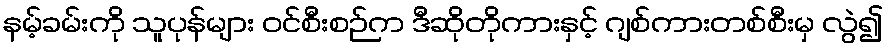
နမ့်ခမ်းကို သူပုန်များ ဝင်စီးစဉ်က ဒီဆိုတိုကားနှင့် ဂျစ်ကားတစ်စီးမှ လွဲ၍